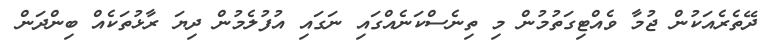
ދޭތެރެއަކުން ޖުމާ ވެއްޓިގަތުމުން މި ތިނެސްކަނެއްގައި ނަގައި އުފުލެމުން ދިޔަ ރާޅުތަކެއް ބިންދަން